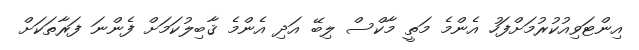
އިންޓަވިއުކުރުމަށްފަހު އެންމެ މަތީ މާކްސް ލިބޭ އަދި އެންމެ ޤާބިލުކަމަށް ފެންނަ ފަރާތަކަށް